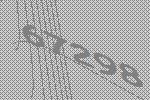
67298